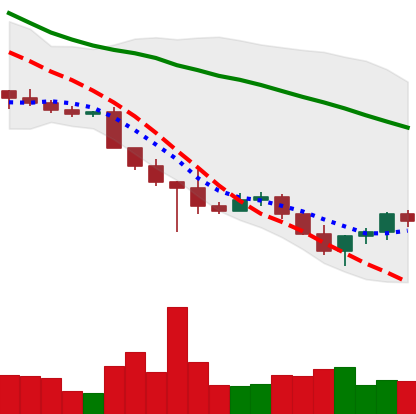
Ticker: ADA-USD
Chart end date: 2022-10-24
Forward return: 17.303%
Label: up_7plus